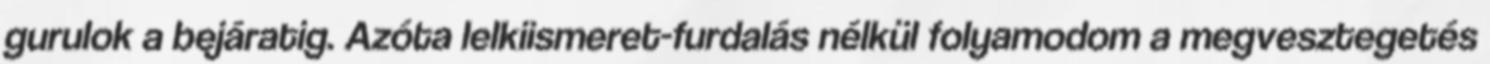
gurulok a bejáratig. Azóta lelkiismeret-furdalás nélkül folyamodom a megvesztegetés